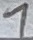
Text: 1